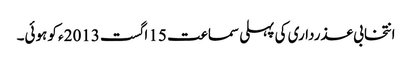
انتخابی عذرداری کی پہلی سماعت 15 اگست 2013ء کو ہوئی۔